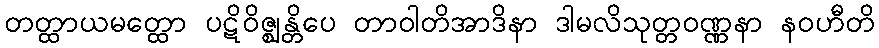
တတ္ထာယမတ္ထော ပဋိဝိဇ္ဈန္တိပေ တာဝါတိအာဒိနာ ဒါမလိသုတ္တဝဏ္ဏနာ နဝဟီတိ